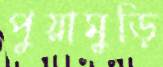
পুয়ামুড়ি